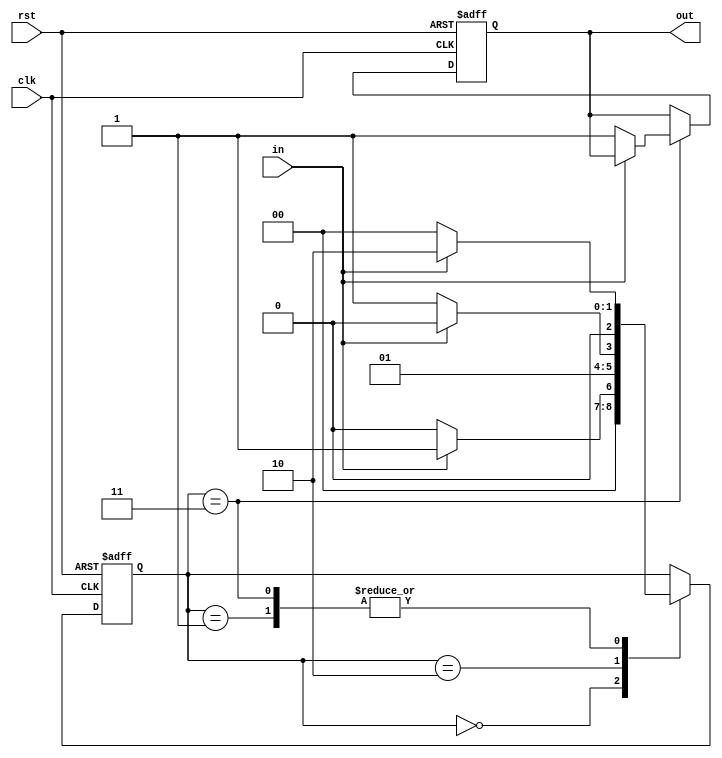
module debounce(
    input wire clk,
    input wire rst,
    input wire in,
    output reg out
);

reg [2:0] state;

always @(posedge clk or posedge rst) begin
    if(rst) begin
        state <= 3'b000;
        out <= 1'b0;
    end else begin
        case(state)
            3'b000: begin
                if(in == 1'b1) begin
                    state <= 3'b001;
                end else begin
                    state <= 3'b000;
                end
            end
            3'b001: begin
                if(in == 1'b1) begin
                    state <= 3'b010;
                end else begin
                    state <= 3'b000;
                end
            end
            3'b010: begin
                if(in == 1'b0) begin
                    state <= 3'b011;
                end else begin
                    state <= 3'b010;
                end
            end
            3'b011: begin
                if(in == 1'b0) begin
                    out <= 1'b1;
                    state <= 3'b000;
                end else begin
                    state <= 3'b010;
                end
            end
        endcase
    end
end

endmodule